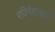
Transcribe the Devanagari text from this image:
रविषेणाचार्य